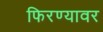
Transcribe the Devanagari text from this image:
फिरण्यावर